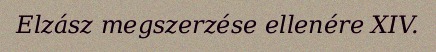
Elzász megszerzése ellenére XIV.